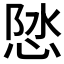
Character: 𪫽